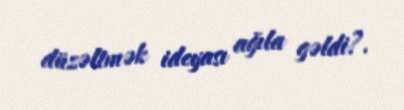
düzəltmək ideyası ağıla gəldi?.